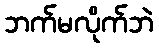
ဘက်မလိုက်ဘဲ